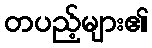
တပည့်များ၏